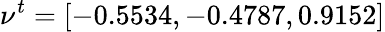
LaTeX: \nu^{t}=[-0.5534,-0.4787,0.9152]